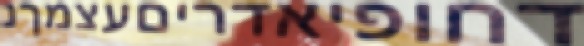
דחופיאדריםעצמךנ